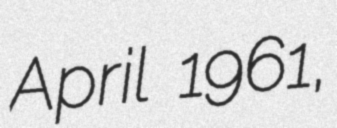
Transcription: April 1961,